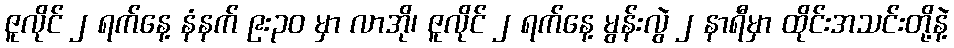
ဇူလိုင် ၂ ရက်နေ့ နံနက် ၉း၃၀ မှာ လာအို၊ ဇူလိုင် ၂ ရက်နေ့ မွန်းလွဲ ၂ နာရီမှာ ထိုင်းအသင်းတို့နဲ့